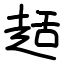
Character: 趏